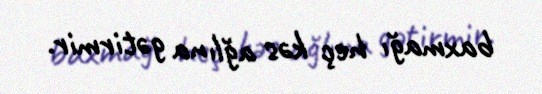
baxmağı heç kəs ağlına gətirmir.